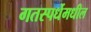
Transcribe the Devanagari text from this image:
गतस्पर्धेमधील